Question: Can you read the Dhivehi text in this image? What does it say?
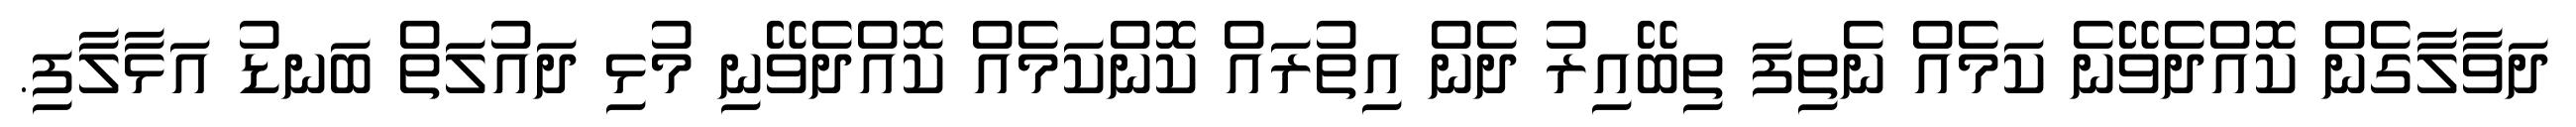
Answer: ދަވާލާގެން ކޮއްދެވޭނެ ކަމެއް ނެތިފަ ތިބޭއިރު ދެން އިތުރައް ކޮންކަމެއް ކޮއްދެވޭނި މުޅި ދައުލަތް ބަނޑު އަޅާލާފި.